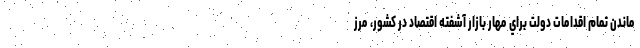
ماندن تمام اقدامات دولت براي مهار بازار آشفته اقتصاد در كشور، مرز